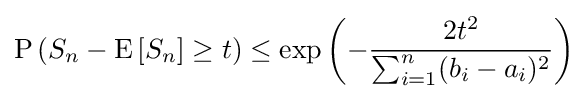
\operatorname {P} \left(S_{n}-\mathrm {E} \left[S_{n}\right]\geq t\right)\leq \exp \left(-{\frac {2t^{2}}{\sum _{i=1}^{n}(b_{i}-a_{i})^{2}}}\right)